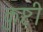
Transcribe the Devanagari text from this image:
कुष्टी